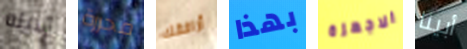
الابله محررة أرافقك بهذا الاجهزة أبينا